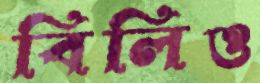
বিলিও